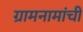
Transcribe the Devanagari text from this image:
ग्रामनामांची